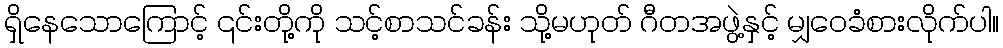
ရှိနေသောကြောင့် ၎င်းတို့ကို သင့်စာသင်ခန်း သို့မဟုတ် ဂီတအဖွဲ့နှင့် မျှဝေခံစားလိုက်ပါ။